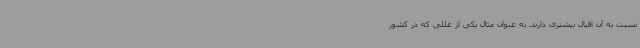
نسبت به آن اقبال بیشتری دارند. به عنوان مثال یکی از عللی که در کشور